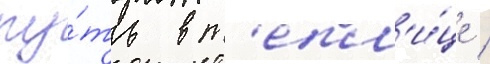
пу́ть в т'епл'и́це /